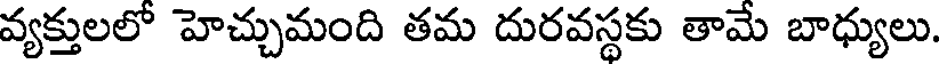
వ్యక్తులలో హెచ్చుమంది తమ దురవస్థకు తామే బాధ్యులు.